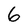
Character: 6